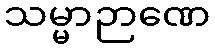
သမ္မာဉာဏေ